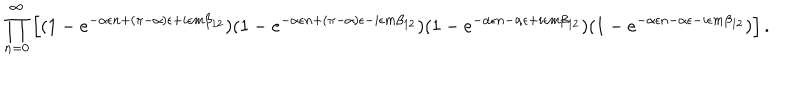
\prod _ { n = 0 } ^ { \infty } \left[ ( 1 - e ^ { - \alpha \epsilon n + ( \pi - \alpha ) \epsilon + i \epsilon m \beta _ { 1 2 } } ) ( 1 - e ^ { - \alpha \epsilon n + ( \pi - \alpha ) \epsilon - i \epsilon m \beta _ { 1 2 } } ) ( 1 - e ^ { - \alpha \epsilon n - \alpha \epsilon + i \epsilon m \beta _ { 1 2 } } ) ( 1 - e ^ { - \alpha \epsilon n - \alpha \epsilon - i \epsilon m \beta _ { 1 2 } } ) \right] .